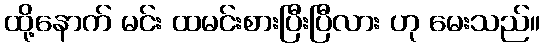
ထို့နောက် မင်း ထမင်းစားပြီးပြီလား ဟု မေးသည်။